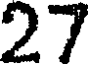
27